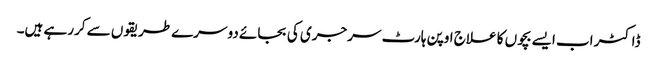
ڈاکٹر اب ایسے بچوں کا علاج اوپن ہارٹ سرجری کی بجائے دوسرے طریقوں سے کررہے ہیں۔